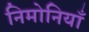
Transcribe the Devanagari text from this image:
निमोनियाँ